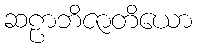
ဆဠာဘိဇာတိယော